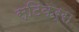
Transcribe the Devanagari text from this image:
स्टिकर्स